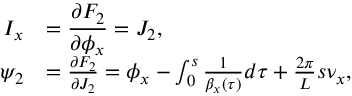
\begin{array} { r l } { \displaystyle I _ { x } } & { \displaystyle = \frac { \partial F _ { 2 } } { \partial \phi _ { x } } = J _ { 2 } , } \\ { \displaystyle \psi _ { 2 } } & { = \frac { \partial F _ { 2 } } { \partial J _ { 2 } } = \phi _ { x } - \int _ { 0 } ^ { s } { \frac { 1 } { \beta _ { x } \left( \tau \right) } d \tau } + \frac { 2 \pi } { L } s \nu _ { x } , } \end{array}